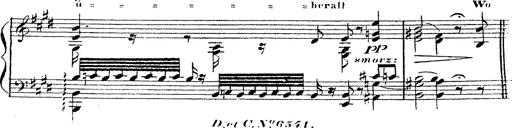
Title: 12 Lieder von Franz Schubert
Composer: Franz Liszt